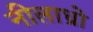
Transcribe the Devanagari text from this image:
नीलाध्रो